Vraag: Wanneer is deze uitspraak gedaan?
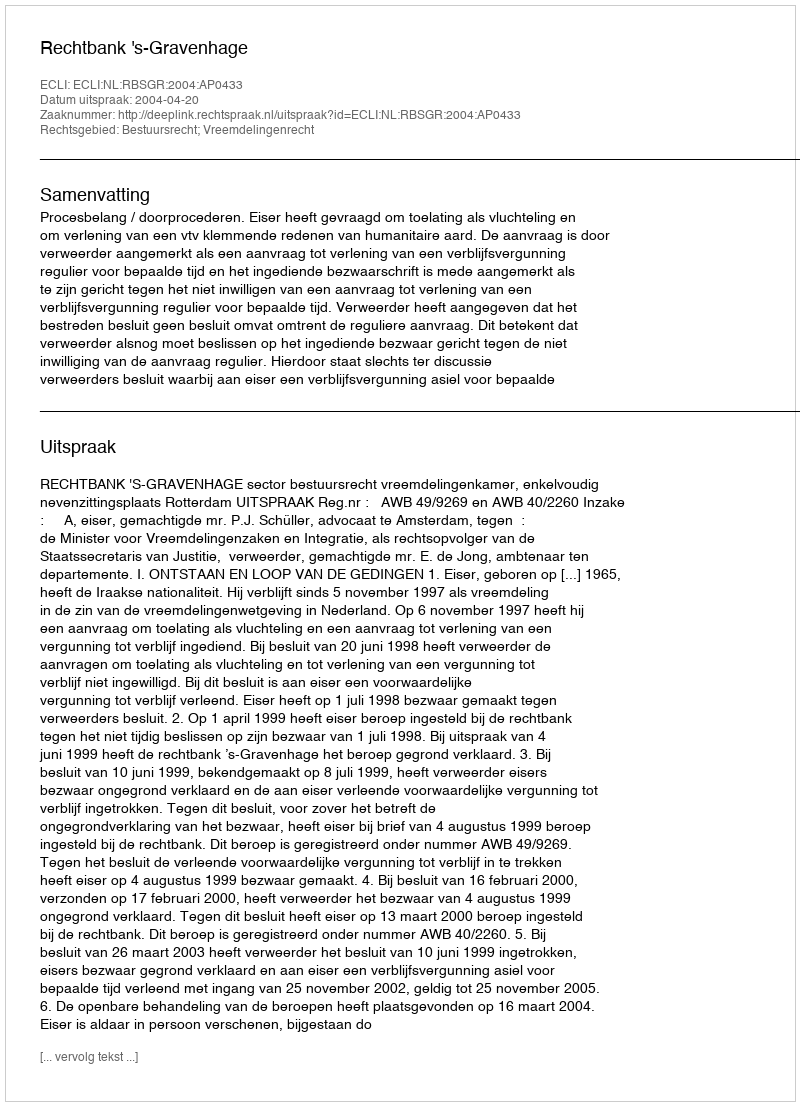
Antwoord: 2004-04-20